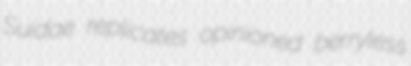
Suidae replicates opinioned berryless